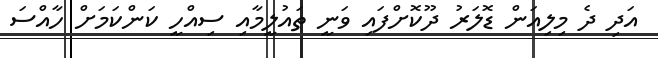
އަދި ދެ މިލިއަން ޑޮލަރު ދޫކޮށްފައި ވަނީ ތައުލީމާއި ސިއްހީ ކަންކަމަށް ހާއްސަ